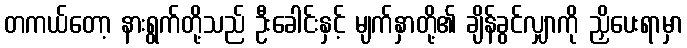
တကယ်တော့ နားရွက်တို့သည် ဦးခေါင်းနှင့် မျက်နှာတို့၏ ချိန်ခွင်လျှာကို ညှိပေးရာမှာ